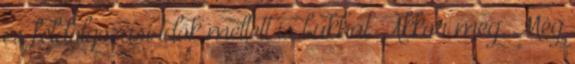
és feldolgozási idők mellett is bukhat. Akkor meg. Még